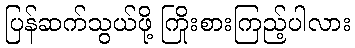
ပြန်ဆက်သွယ်ဖို့ ကြိုးစားကြည့်ပါလား